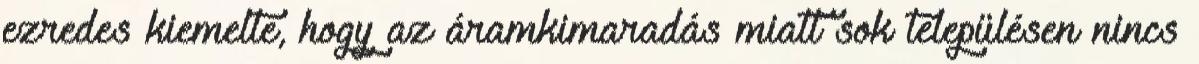
ezredes kiemelte, hogy az áramkimaradás miatt sok településen nincs